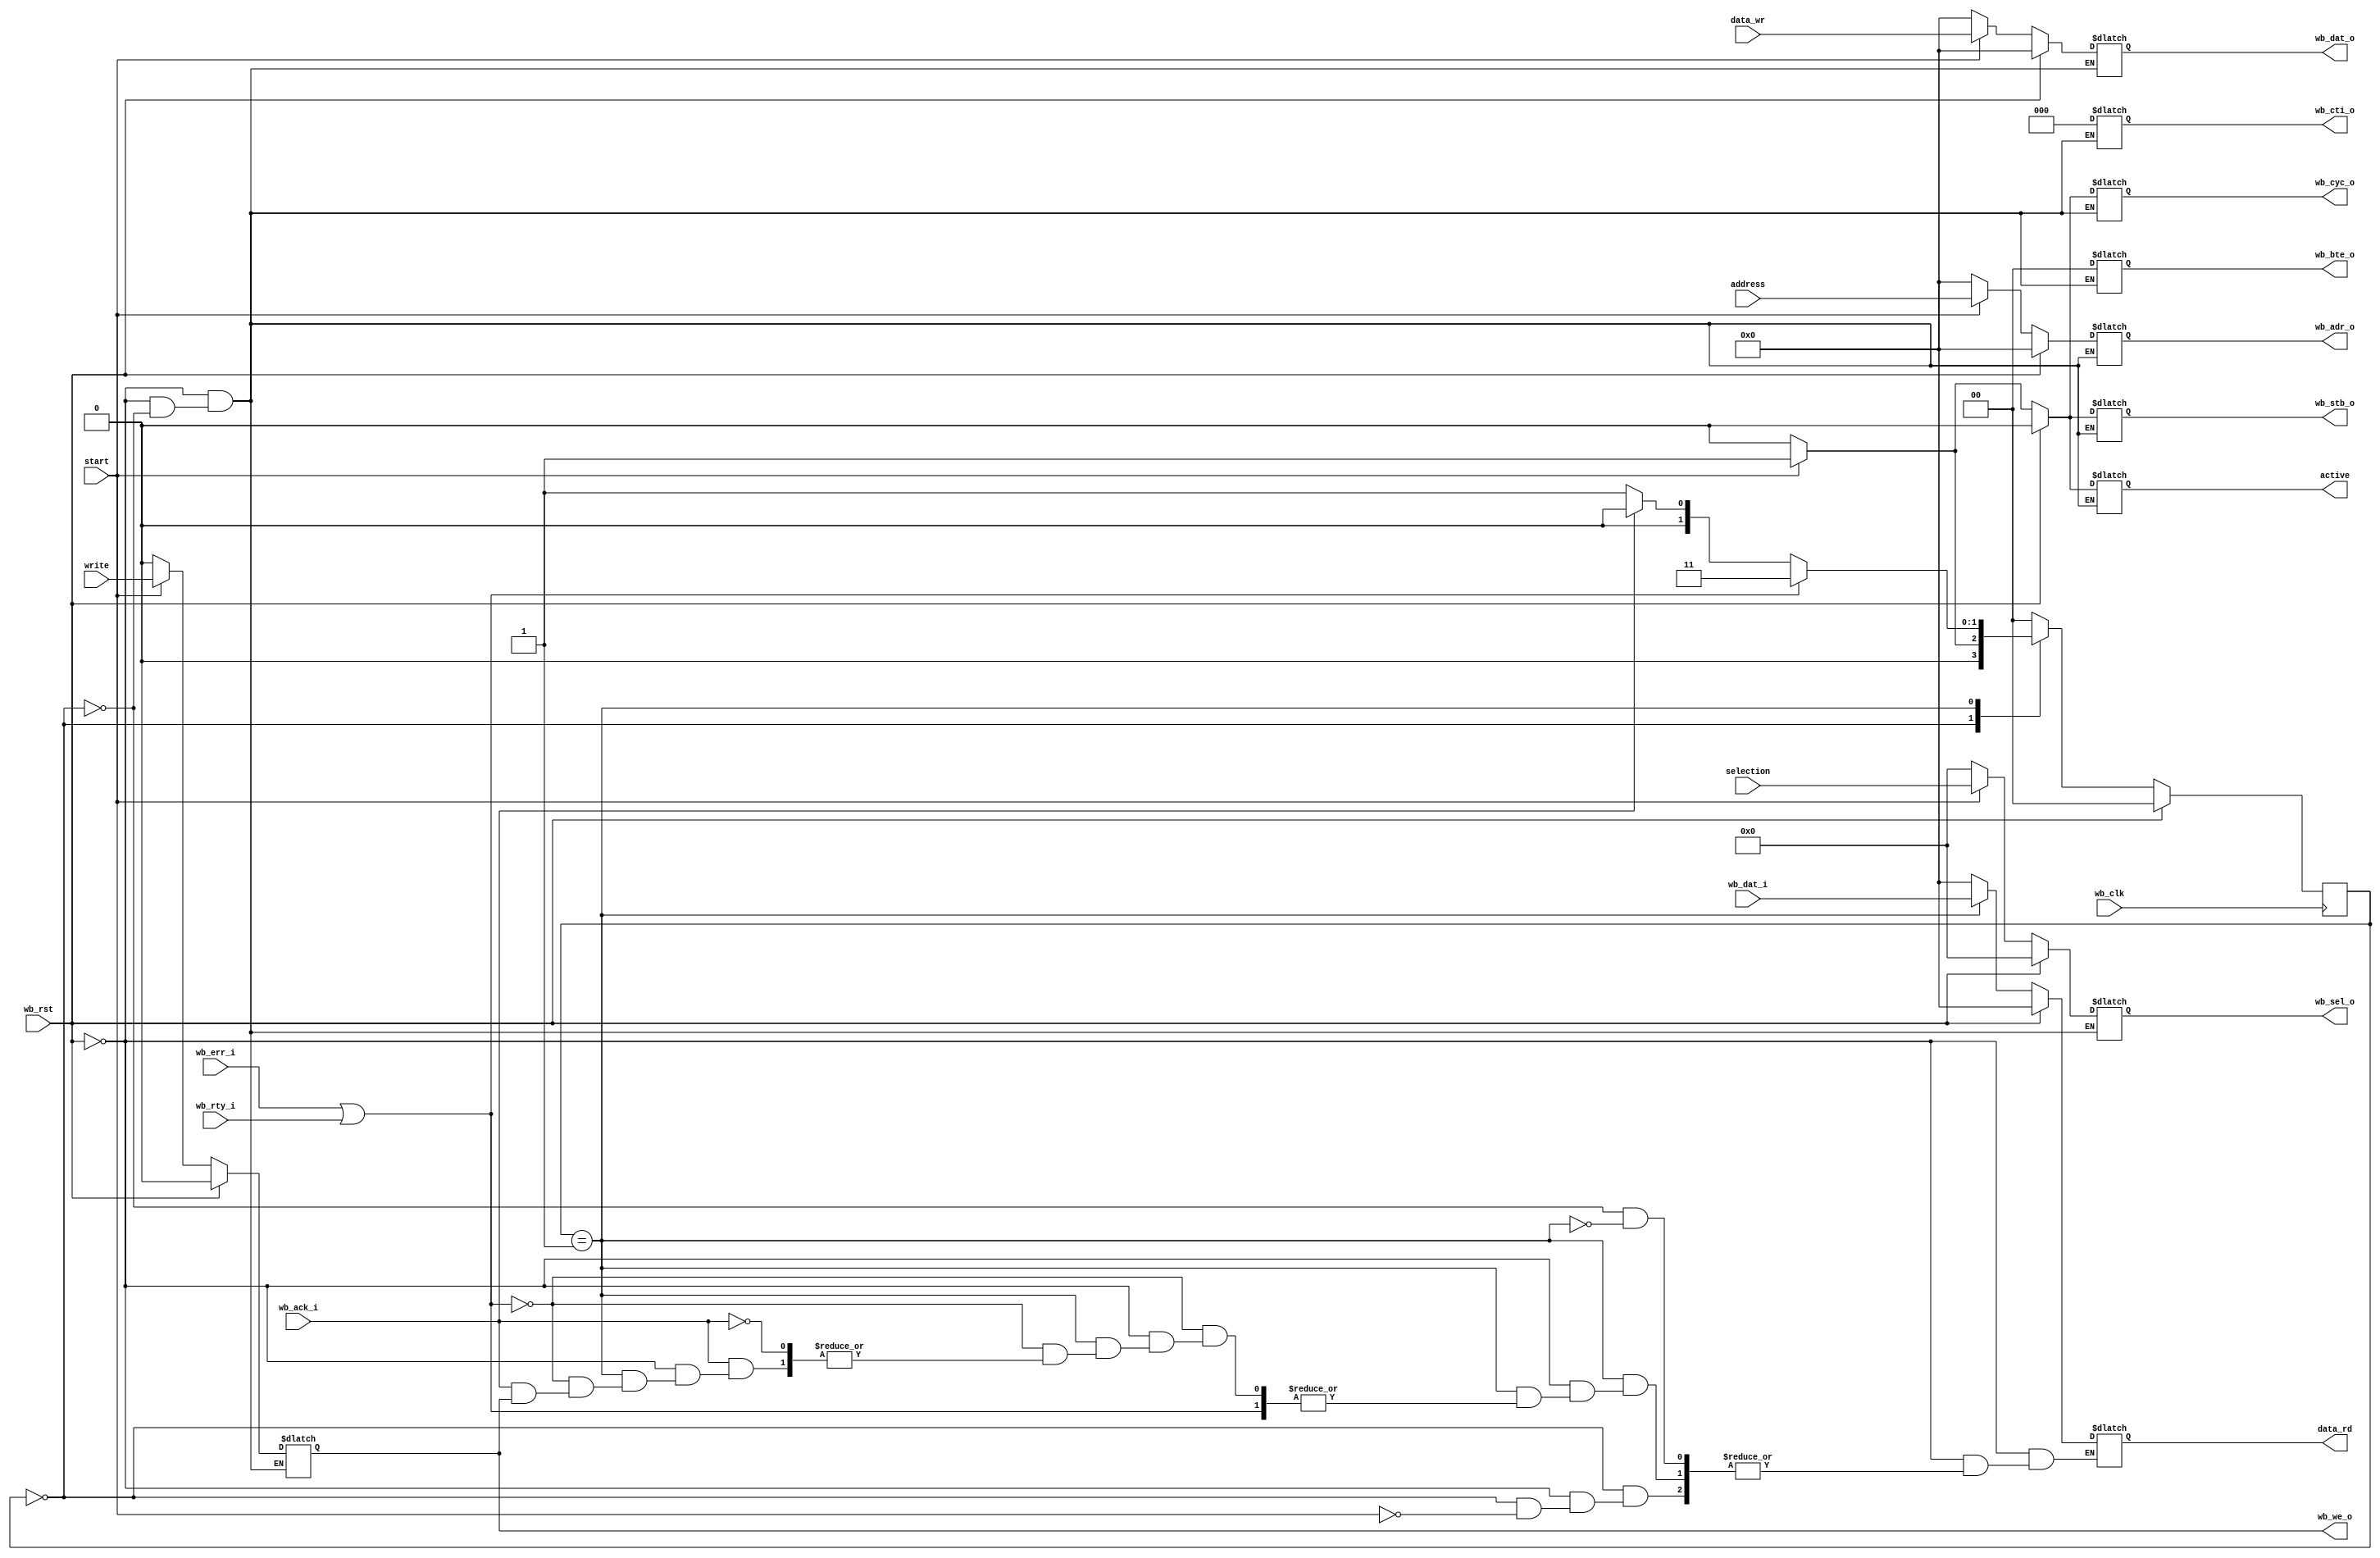
module wb_master_interface (/*AUTOARG*/
   // Outputs
   wb_adr_o, wb_dat_o, wb_sel_o, wb_we_o, wb_cyc_o, wb_stb_o,
   wb_cti_o, wb_bte_o, data_rd, active,
   // Inputs
   wb_clk, wb_rst, wb_dat_i, wb_ack_i, wb_err_i, wb_rty_i, start,
   address, selection, write, data_wr
   ) ;

   parameter dw = 32;
   parameter aw = 32;
   parameter DEBUG = 0;

   input 		wb_clk;
   input 		wb_rst;
   output reg [aw-1:0] wb_adr_o;
   output reg [dw-1:0] wb_dat_o;
   output reg [3:0]    wb_sel_o;
   output reg          wb_we_o ;
   output reg          wb_cyc_o;
   output reg          wb_stb_o;
   output reg [2:0]    wb_cti_o;
   output reg [1:0]    wb_bte_o;
   input [dw-1:0]      wb_dat_i;
   input               wb_ack_i;
   input               wb_err_i;
   input               wb_rty_i;

   input               start;
   input [aw-1:0]      address;
   input [3:0]         selection;
   input               write;   
   input [dw-1:0]      data_wr;
   output reg [dw-1:0] data_rd;
   output reg          active;
   
   
   reg [1:0]           state;
   reg [1:0]           next_state;
   parameter STATE_IDLE         = 2'h0;
   parameter STATE_WAIT_ACK     = 2'h1;
   parameter STATE_ERROR        = 2'h3;

  
   always @(posedge wb_clk)
     if (wb_rst) begin
        state <= STATE_IDLE;
     end else begin
         state <= next_state;
     end
   
   always @(*)
     if (wb_rst) begin
        next_state = STATE_IDLE;
        active = 0;   
        wb_adr_o <= 0;
        wb_dat_o <= 0;
        wb_sel_o <= 0;
        wb_we_o  <= 0;
        wb_cyc_o <= 0;
        wb_stb_o <= 0;
        wb_cti_o <= 0;
        wb_bte_o <= 0;  
        data_rd  <= 0;        
     end else begin // if (wb_rst)
        case (state)
          STATE_IDLE: begin
             active = 0;
             wb_adr_o = 0;
             wb_dat_o = 0;
             wb_sel_o = 0;
             wb_we_o  = 0;
             wb_cyc_o = 0;
             wb_stb_o = 0;
             wb_cti_o = 0;
             wb_bte_o = 0;              
             if (start) begin
                next_state = STATE_WAIT_ACK;
                wb_adr_o = address;
                wb_dat_o = data_wr;
                wb_sel_o = selection;
                wb_we_o  = write;
                wb_cyc_o = 1;
                wb_stb_o = 1;
                wb_cti_o = 0;
                wb_bte_o = 0;                 
                active   = 1;
                data_rd  =0;                
             end else begin
                next_state = STATE_IDLE;                
             end
          end // case: STATE_IDLE
          STATE_WAIT_ACK: begin
             if (wb_err_i || wb_rty_i) begin
                next_state = STATE_ERROR;
             end else if (wb_ack_i) begin                   
                if (! wb_we_o)
                  data_rd = wb_dat_i;
                
                next_state = STATE_IDLE;
             end else begin                
                next_state = STATE_WAIT_ACK;
             end
             
          end // case: STATE_WAIT_ACK
          STATE_ERROR: begin
             next_state = STATE_IDLE;             
          end
          default: begin
             next_state = STATE_IDLE;             
          end
          
        endcase // case (state)
        
     end
   
   
`ifdef SIM
   reg [32*8-1:0] state_name;
   always @(*)
     case (state)
       STATE_IDLE: state_name         = "IDLE";
       STATE_WAIT_ACK: state_name     = "WAIT ACK";
       STATE_ERROR:state_name         = "ERROR";       
       default: state_name            = "DEFAULT";
     endcase // case (state)
   
`endif
   
endmodule